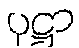
ပုဋ္ဌာ